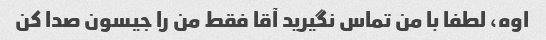
اوه، لطفا با من تماس نگیرید آقا فقط من را جیسون صدا کن